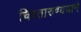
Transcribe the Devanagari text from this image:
चिरतारुण्ययाने